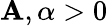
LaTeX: \mathbf{A},\alpha>0